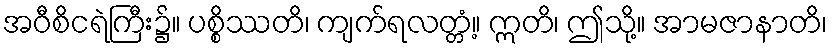
အဝီစိငရဲကြီး၌။ ပစ္စိဿတိ၊ ကျက်ရလတ္တံ့။ ဣတိ၊ ဤသို့။ အာမဇာနာတိ၊